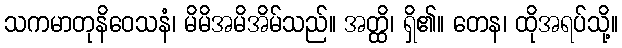
သကမာတုနိဝေသနံ၊ မိမိအမိအိမ်သည်။ အတ္ထိ၊ ရှိ၏။ တေန၊ ထိုအရပ်သို့။